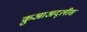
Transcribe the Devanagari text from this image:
क़ुआअद्लीस